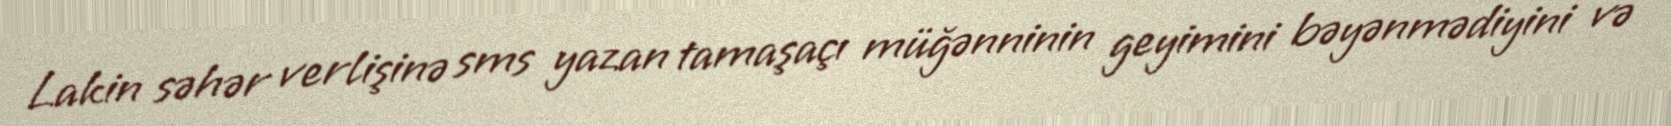
Lakin səhər verlişinə sms yazan tamaşaçı müğənninin geyimini bəyənmədiyini və